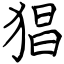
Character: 猖